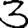
Digit: 3